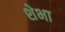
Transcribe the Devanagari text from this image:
शेभा